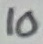
Text: 10